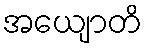
အယျောတိ